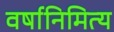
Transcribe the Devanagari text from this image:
वर्षानिमित्‍य